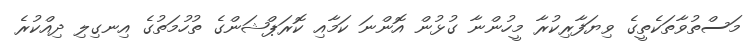
މަސްތުވާތަކެތީގެ ވިޔަފާރިކުރާ މީހުންނާ ގުޅުން އޮންނަ ކަމާއި ކޮރަޕްޝަންގެ ތުހުމަތުގެ އިނގިލި ދިއްކުރެ